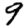
Digit: 9